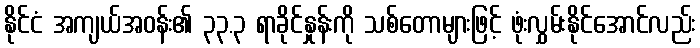
နိုင်ငံ အကျယ်အဝန်း၏ ၃၃.၃ ရာခိုင်နှုန်းကို သစ်တောများဖြင့် ဖုံးလွှမ်းနိုင်အောင်လည်း